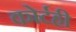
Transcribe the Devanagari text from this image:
कोर्टही